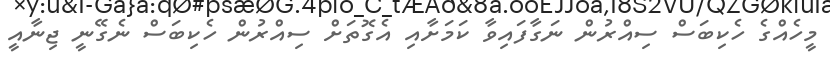
މީހެއްގެ ހެކިބަސް ސިއްރުން ނަގާފައިވާ ކަމަށާއި އެގޮތަށް ސިއްރުން ހެކިބަސް ނެގޭނީ ޖިނާއީ